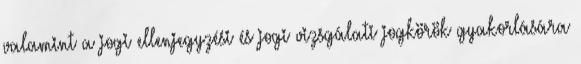
valamint a jogi ellenjegyzési és jogi vizsgálati jogkörök gyakorlására